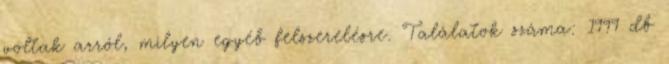
voltak arról, milyen egyéb felszerelésre. Találatok száma: 1999 db